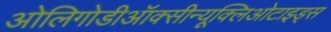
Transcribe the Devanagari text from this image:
ओलिगोडीऑक्सीन्यूक्लिओटाइड्स